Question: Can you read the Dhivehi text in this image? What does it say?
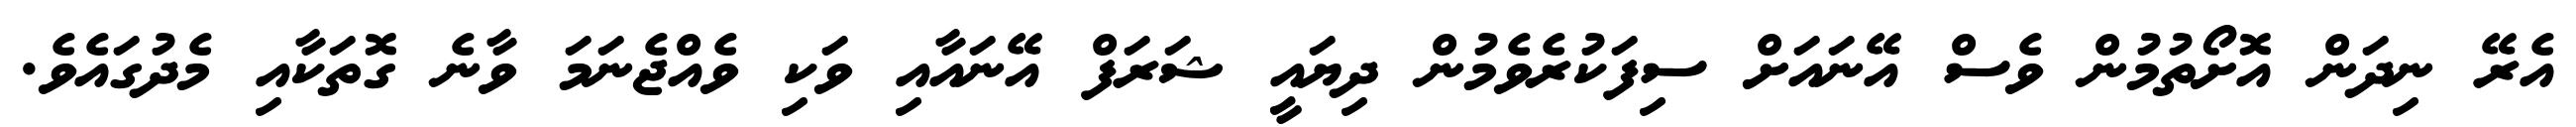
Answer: އެރޭ ނިދަން އޮށޯތުމުން ވެސް އޭނައަށް ސިފަކުރެވެމުން ދިޔައީ ޝަރަފް އޭނައާއި ވަކި ވެއްޖެނަމަ ވާނެ ގޮތަކާއި މެދުގައެވެ.